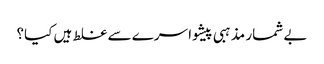
بے شمار مذہبی پیشوا سرے سے غلط ہیں کیا؟